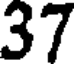
37